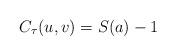
LaTeX: \begin{align*}C_{\tau}(u,v)=S(a)-1\end{align*}